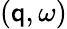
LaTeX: (\mathsf{q},\omega)